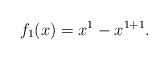
\begin{align*}f_1(x)=x^{1}-x^{1+1}.\end{align*}